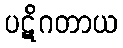
ပဋိဂတာယ